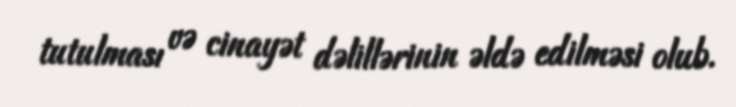
tutulması və cinayət dəlillərinin əldə edilməsi olub.